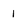
Character: I